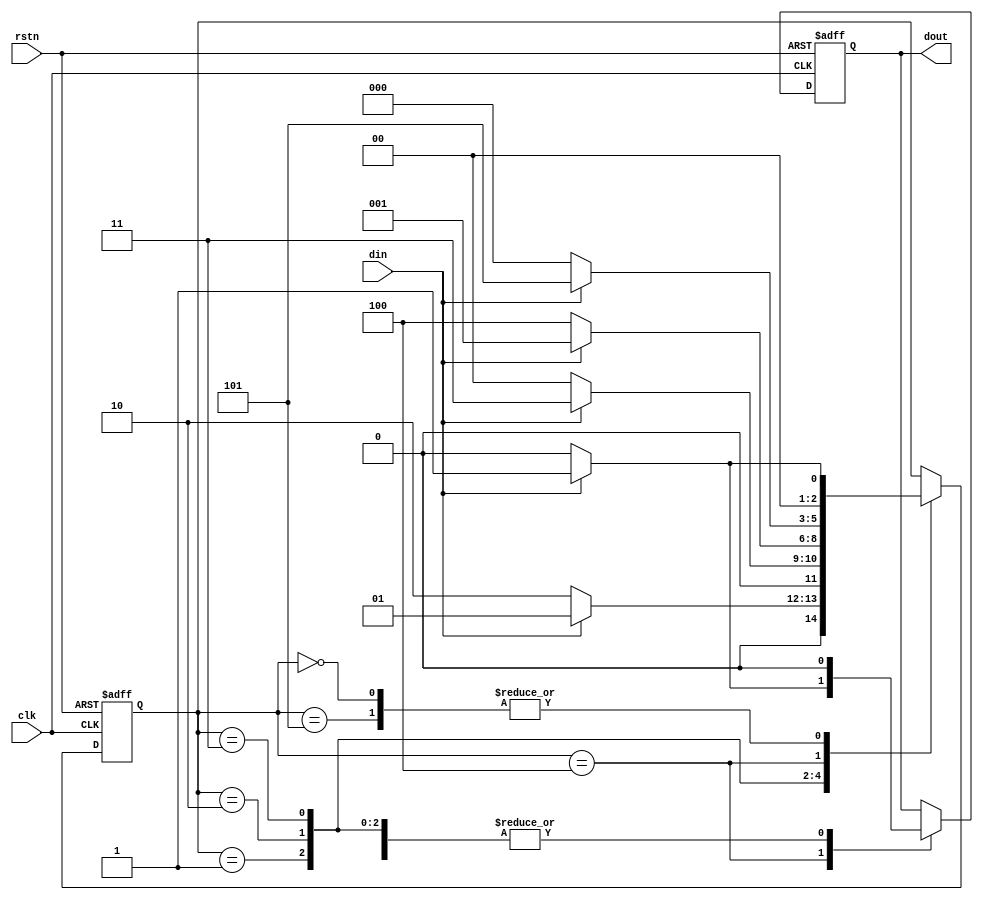
module mealy1( //non overlapping
	input clk,
	input rstn,
	input din,
	output reg dout
);

parameter S0 = 3'd0;
parameter S1 = 3'd1;
parameter S2 = 3'd2;
parameter S3 = 3'd3;
parameter S4 = 3'd4;
parameter S5 = 3'd5;

reg [2:0] state = S0;

always@(posedge clk or posedge rstn) begin
	if (rstn) begin
		dout <= 1'b0;
		state <= S0;
	end else begin
		case(state)
			S0: begin
				if(din) begin
					dout <= 0;
					state <= S1;
				end else begin
					dout <= 0;
					state<=S0;
				end
			end
			S1: begin
				if(din) begin
					dout <= 0;
					state <= S1;
				end else begin
					dout <= 0;
					state<=S2;
				end
			end
			S2: begin
				if(din) begin
					dout <= 0;
					state <= S3;
				end else begin
					dout <= 0;
					state<=S0;
				end
			end
			S3: begin
				if(din) begin
					dout <= 0;
					state <= S1;
				end else begin
					dout <= 0;
					state<=S4;
				end
			end
			S4: begin
				if(din) begin
					dout <= 1;
					state <= S5;
				end else begin
					dout <= 0;
					state<=S0;
				end
			end
			S5: begin
				if(din) begin
					dout <= 0;
					state <= S1;
				end else begin
					dout <= 0;
					state<=S0;
				end
			end
		endcase
	end
end

endmodule